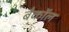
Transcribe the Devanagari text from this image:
बैकॉल